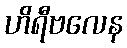
ဟိရီဗလေန